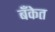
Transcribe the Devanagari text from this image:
बॅँकेत